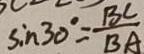
\sin 3 0 ^ { \circ } = \frac { B C } { B A }